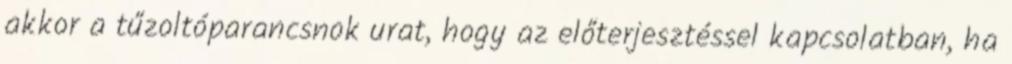
akkor a tűzoltóparancsnok urat, hogy az előterjesztéssel kapcsolatban, ha